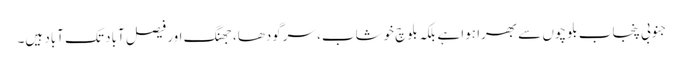
جنوبی پنجاب بلوچوں سے بھرا ہوا ہے بلکہ بلوچ خوشاب، سرگودھا، جھنگ اور فیصل آباد تک آباد ہیں۔